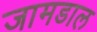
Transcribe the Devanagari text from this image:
जामडाल